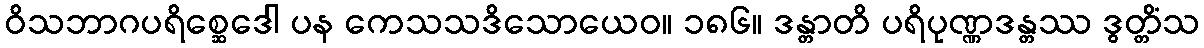
ဝိသဘာဂပရိစ္ဆေဒေါ ပန ကေသသဒိသောယေဝ။ ၁၈၆။ ဒန္တာတိ ပရိပုဏ္ဏဒန္တဿ ဒွတ္တိံသ